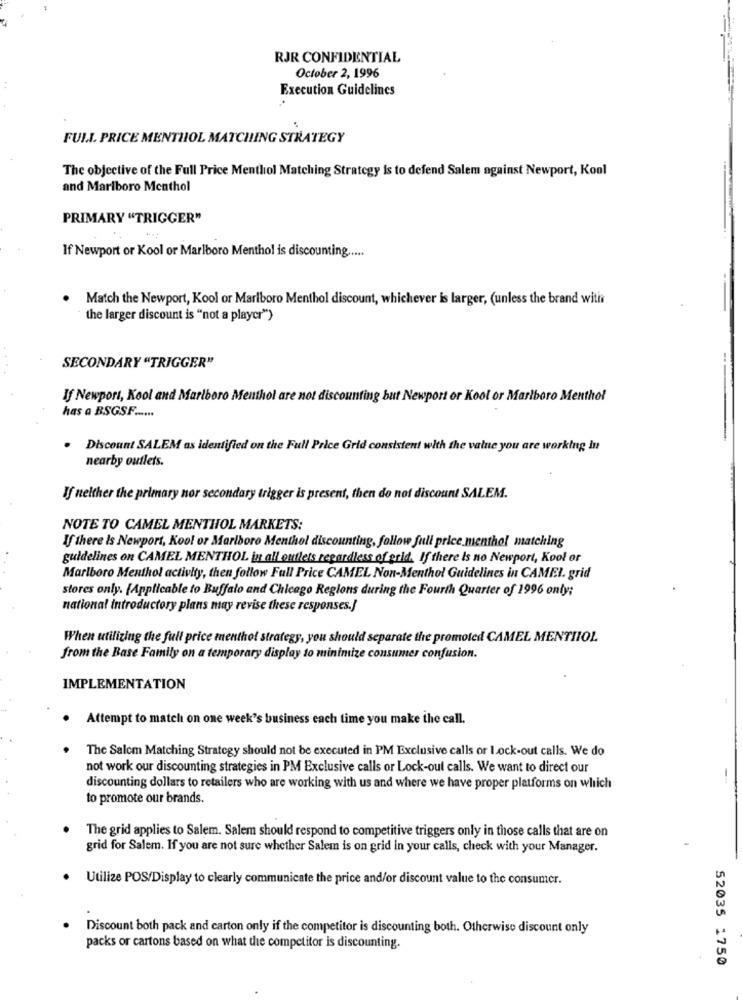
RJR CONFIDENTIAL
October 2, 1996
Execution Guidelines
FULL PRICE MENTHOL MATCHING STRATEGY
The objective of the Full Price Menthol Matching Strategy is to defend Salem against Newport, Kool
and Marlboro Menthol
PRIMARY "TRIGGER"
...
If Newport or Kool or Marlboro Menthol is discounting .....
Match the Newport, Kool or Marlboro Menthol discount, whichever is larger, (unless the brand with
the larger discount is "not a player")
SECONDARY "TRIGGER"
If Newport, Kool and Marlboro Menthol are
not di
but
or Kool or Marlboro Menthol
has a BSGSF ......
Discount SALEM as identified on the Full Price Grid consistent with the value you are working in
nearby outlets.
If neither the primary nor secondary trigger is present, then do not discount SALEM.
NOTE TO CAMEL MENTHOL MARKETS:
If there is Newport, Kool or Marlboro Menthol discounting, follow full price menthol matching
guidelines on CAMEL MENTHOL in all outlets regardless of grid. If there is no Newport, Kool or
Marlboro Menthol activity, then follow Full Price CAMEL Non-Menthol Guidelines in CAMEI. grid
stores only. [Applicable to Buffalo and Chicago Regions during the Fourth Quarter of 1996 only;
national introductory plans may revise these responses.]
When utilizing the full price menthol strategy, you should separate the promoted CAMEL MENTIIOL.
from the Base Family on a temporary display to minimize consumer confusion.
IMPLEMENTATION
Attempt to match on one week's business each time you make the call.
The Salem Matching Strategy should not be executed in PM Exclusive calls or Lock-out calls. We do
not work our discounting strategies in PM Exclusive calls or Lock-out calls. We want to direct our
discounting dollars to retailers who are working with us and where we have proper platforms on which
to promote our brands.
The grid applies to Salem. Salem should respond to competitive triggers only in those calls that are on
grid for Salem. If you are not sure whether Salem is on grid in your calls, check with your Manager.
Utilize POS/Display to clearly communicate the price and/or discount value to the consumer.
Discount both pack and carton only if the competitor is discounting both. Otherwise discount only
packs or cartons based on what the competitor is discounting.
52035 1750